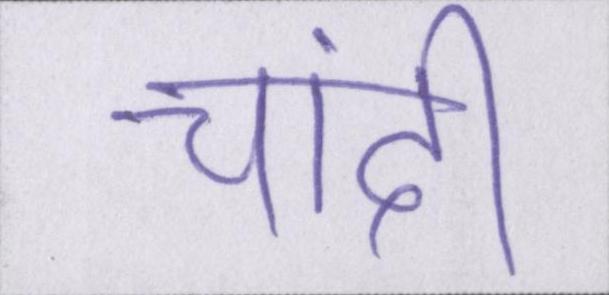
चांदी